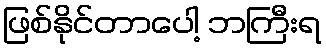
ဖြစ်နိုင်တာပေါ့ ဘကြီးရ